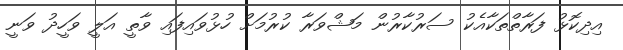
އިދިކޮޅު ފަރާތްތަކާއެކު ސަރުކާރުން މަޝްވަރާ ކުރުމަށް ހުޅުވައިފައި ވާތީ އަލީ ވަހީދު ވަނީ